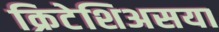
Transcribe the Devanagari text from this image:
क्रिटेशिअसया